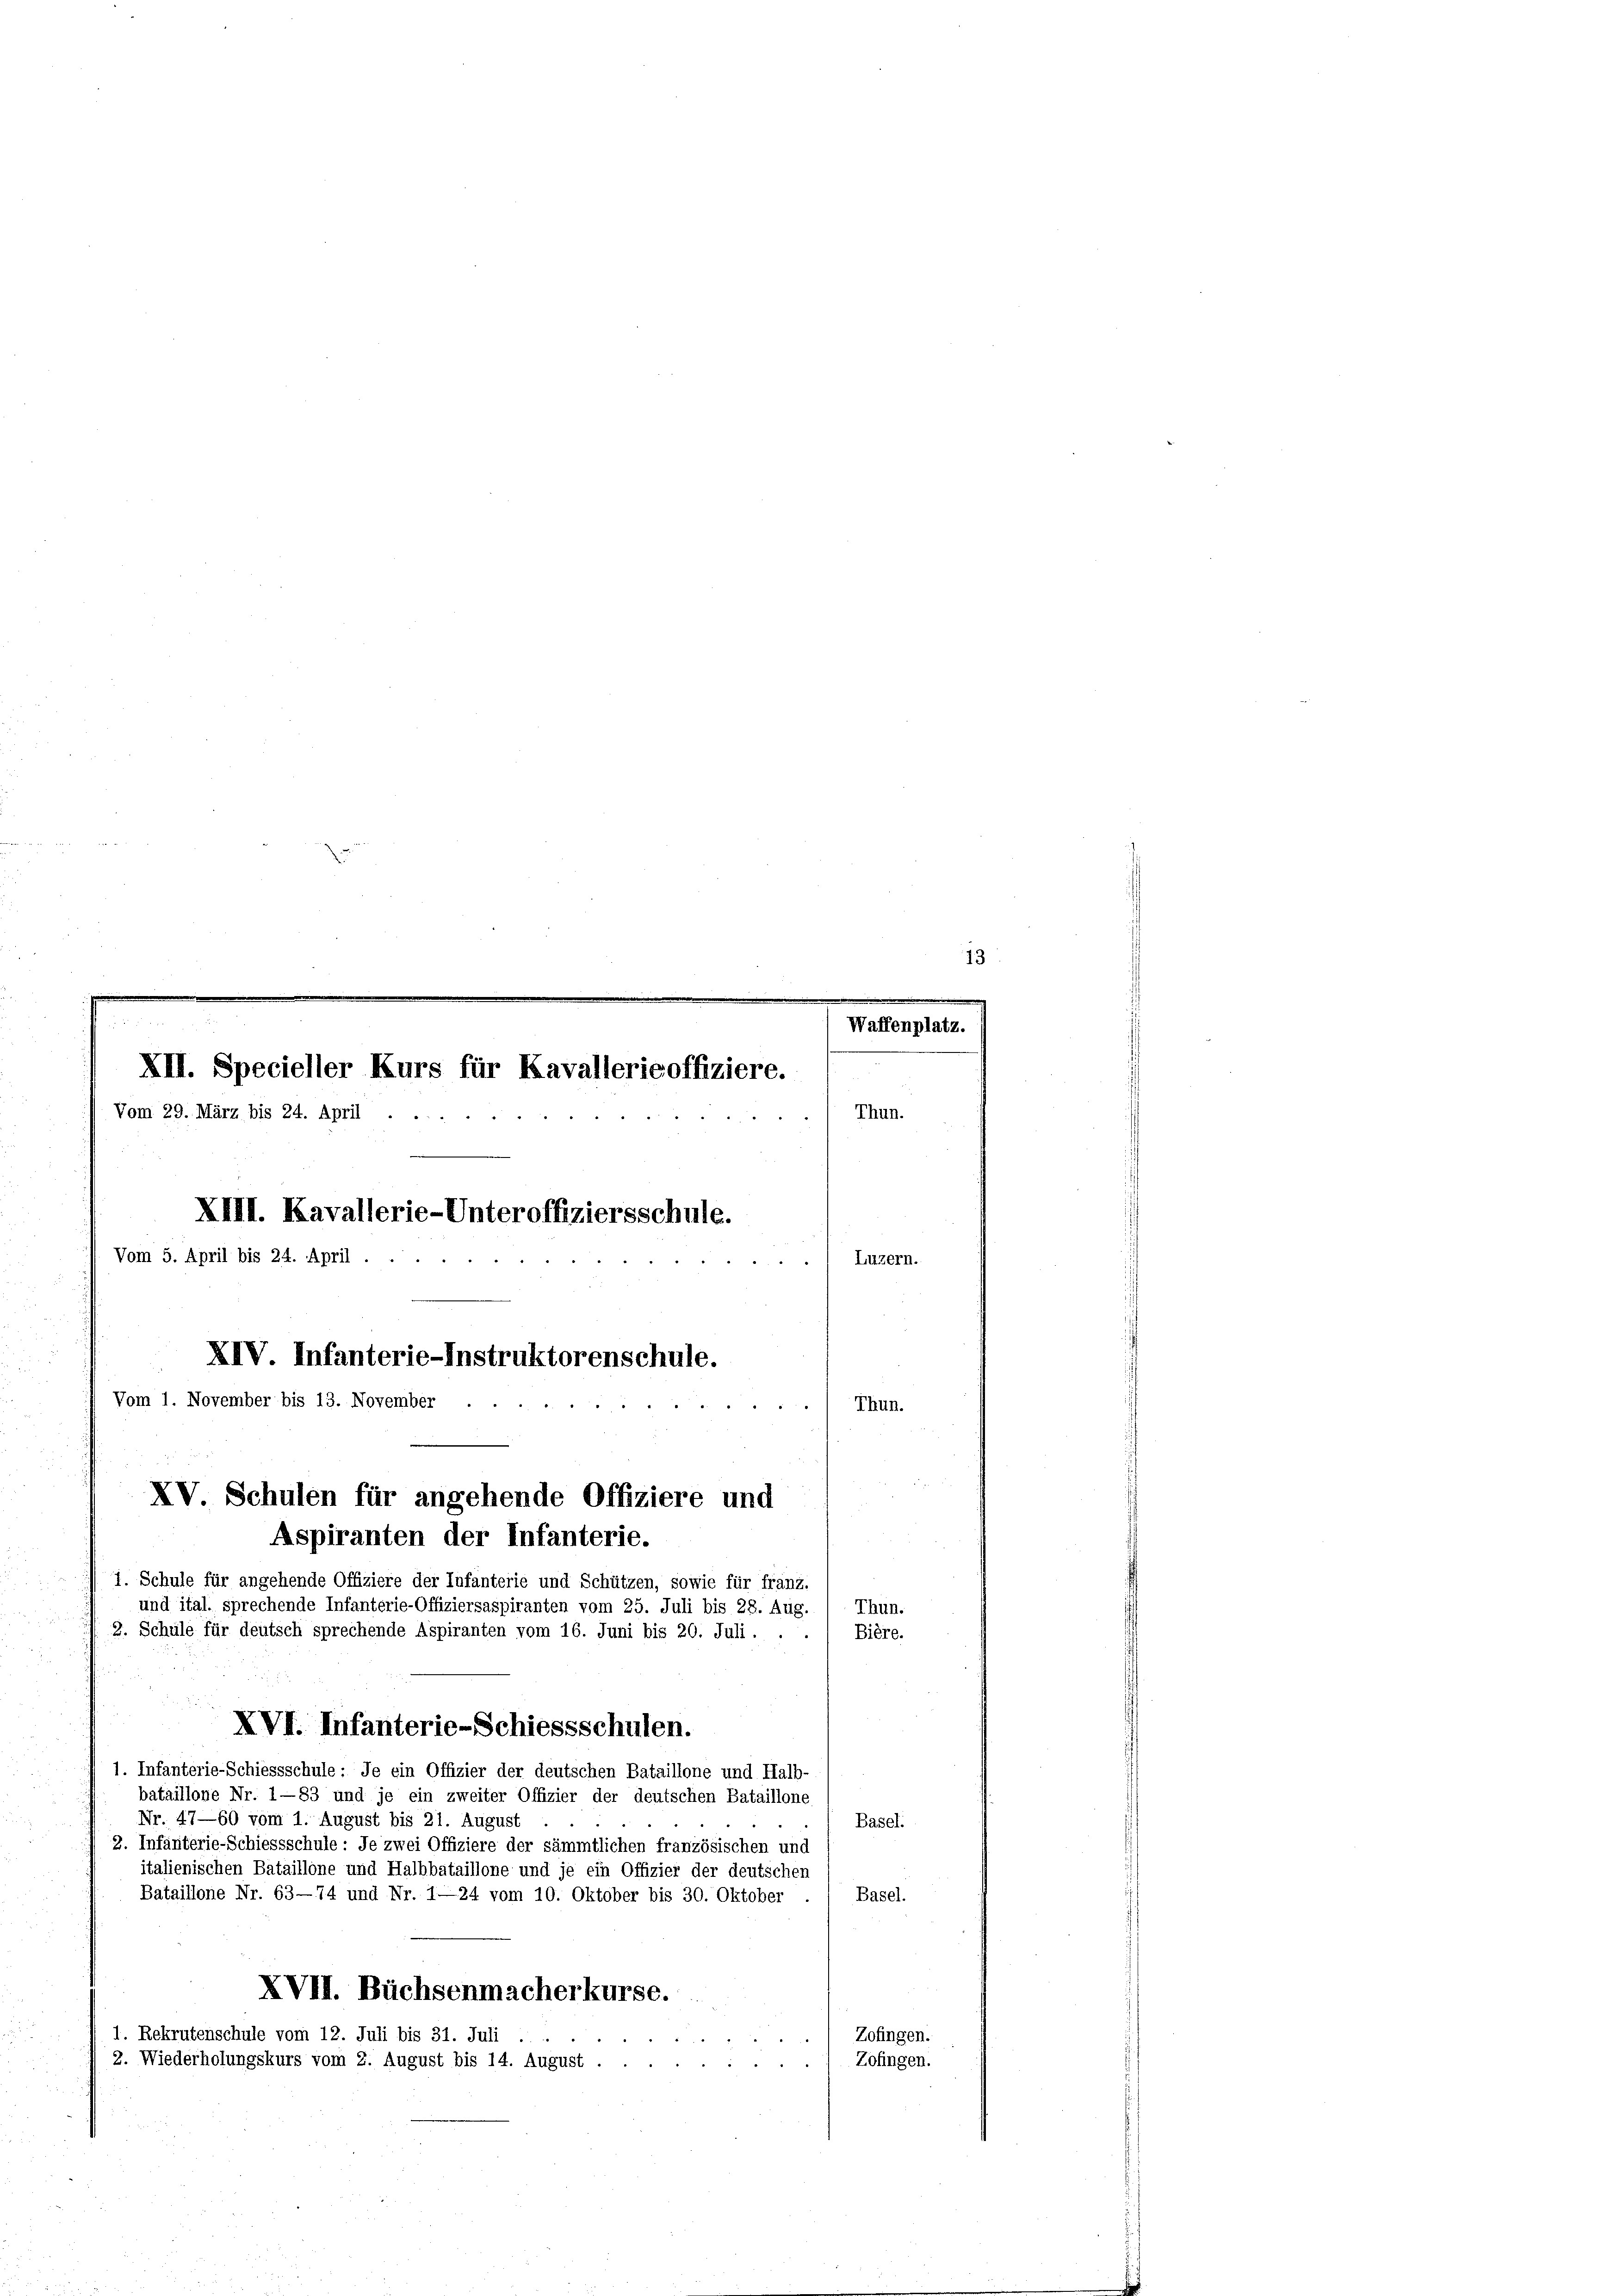
2
Waffenpl
XII. Specieller Kurs für Kavallerieoffiziere.
Vom 29. März bis 24. April
Thun.
XIII. Kavallerie-Unteroffiziersschule.
Vom 5. April bis 24. April
Luzern.
XIV. Infanterie-Instruktorenschule.
Vom 1. November bis 13. November
Thun.
XV Schulen für angehende Offiziere und
Aspiranten der Infanterie.
1. Schule für angehende Offiziere der Infanterie und Schützen, sowie für franz.
und ital. sprechende Infanterie-Offiziersaspiranten vom 25. Juli bis 28. Aug.
Thun.
2. Schule für deutsch sprechende Aspiranten vom 16. Juni bis 20. Juli.
Bière.

XVI. Infanterie-Schiessschulen.
1. Infanterie-Schiessschule: Je ein Offizier der deutschen Bataillone und Halb-
bataillone Nr. 1—83 und je ein zweiter Offizier der deutschen Bataillone
Nr. 47—60 vom 1. August bis 21. August
Basel.
2. Infanterie-Schiessschule: Je zwei Offiziere der sämmtlichen französischen und
italienischen Bataillone und Halbbataillone und je ein Offizier der deutschen
Bataillone Nr. 63—74 und Nr. 1—24 vom 10. Oktober bis 30. Oktober
Basel.
XVII. Büchsenmacherkurse.
1. Rekrutenschule vom 12. Juli bis 31. Juli
Zofingen.
2. Wiederholungskurs vom 2. August bis 14. August.
Zofingen.